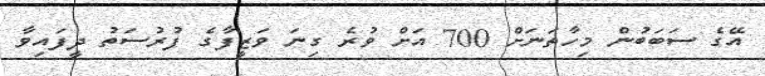
އޭގެ ސަބަބުން މިހާތަނަށް 700 އަށް ވުރެ ގިނަ ވަޒީފާގެ ފުރުސަތު ދީފައިވާ